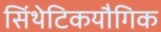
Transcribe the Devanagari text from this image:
सिंथेटिकयौगिक